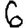
Digit: 6